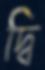
দ্বি